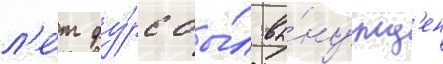
л'е́т фу́рс бы́л вы́нужд'ен